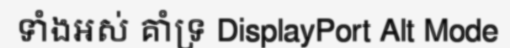
ទាំងអស់ គាំទ្រ DisplayPort Alt Mode